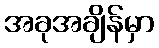
အခုအချိန်မှာ